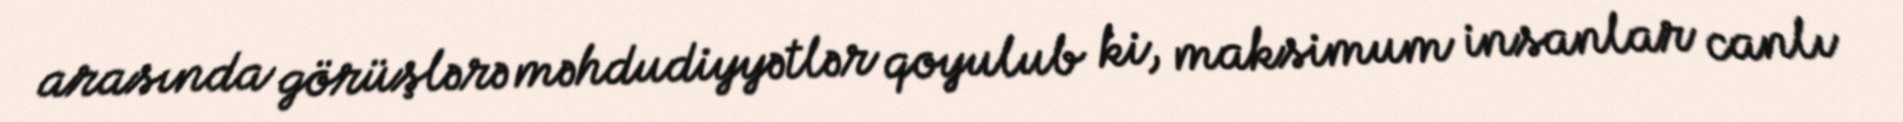
arasında görüşlərə məhdudiyyətlər qoyulub ki, maksimum insanlar canlı